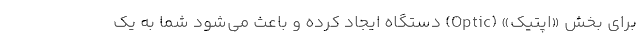
برای بخش «اپتیک» (Optic) دستگاه ایجاد کرده و باعث می‌شود شما به یک